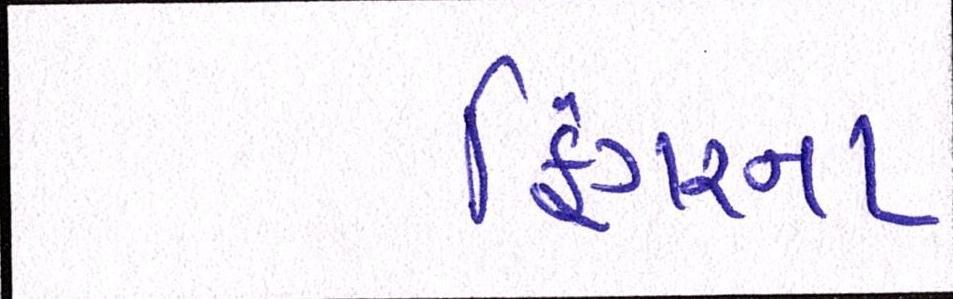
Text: ફિંગરના